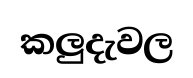
කලුදැවල